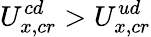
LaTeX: U_{x,cr}^{cd}>U_{x,cr}^{ud}